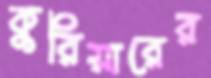
কুরিয়ারের